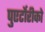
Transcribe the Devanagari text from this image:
पुएर्टोरीको